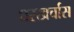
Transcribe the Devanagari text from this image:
घरखर्चास